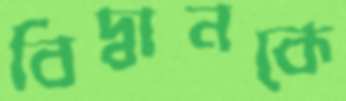
বিদ্বানকে